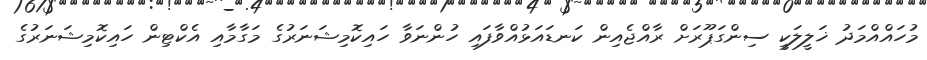
މުހައްއްމަދު ޚަލީލަކީ ސިންގަޕޫރަށް ރާއްޖެއިން ކަނޑައަޅުއްވާފައި ހުންނަވާ ހައިކޮމިޝަނަރުގެ މަގާމާއި އެކްޓިން ހައިކޮމިޝަނަރުގެ